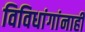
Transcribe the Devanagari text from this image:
विविधांगांनाही